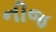
નીજ